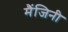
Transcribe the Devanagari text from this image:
मैंजिनी